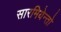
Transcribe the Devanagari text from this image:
सारमियेन्तो